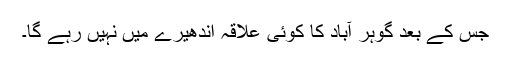
جس کے بعد گوہر آباد کا کوئی علاقہ اندھیرے میں نہیں رہے گا۔